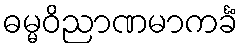
ဓမ္မဝိညာဏမာကင်္ခံ